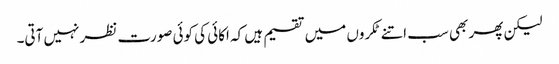
لیکن پھر بھی سب اتنے ٹکروں میں تقسیم ہیں کہ اکائی کی کوئی صورت نظر نہیں آتی۔